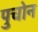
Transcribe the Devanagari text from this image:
पुचोन